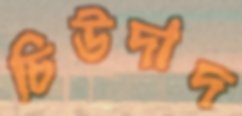
চিউদাদ